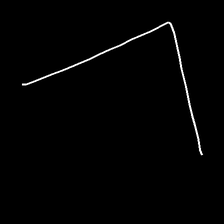
Glyph: region